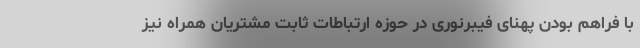
با فراهم بودن پهنای فیبرنوری در حوزه ارتباطات ثابت مشتریان همراه نیز